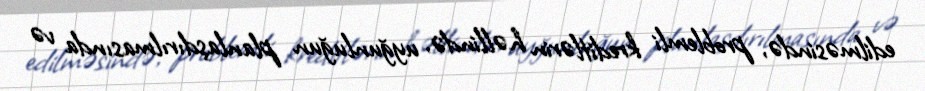
edilməsində, problemli kreditlərin həllində, uyğunluğun planlaşdırılmasında və